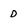
Character: D